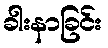
ခါးနာခြင်း